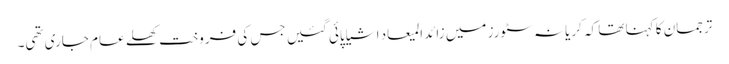
ترجمان کا کہنا تھا کہ کریانہ سٹورز میں زائدالمیعاد اشیا پائی گئیں جس کی فروخت کھلے عام جاری تھی۔